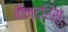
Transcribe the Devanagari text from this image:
बौन्दरिस